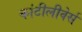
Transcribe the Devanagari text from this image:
कांटीलीवेर्स